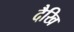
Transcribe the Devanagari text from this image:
दैखि